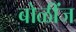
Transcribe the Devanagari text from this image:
बोळींज